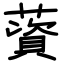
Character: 薋